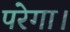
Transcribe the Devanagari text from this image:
परेगा।